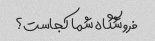
فروشگاه شما کجاست؟